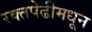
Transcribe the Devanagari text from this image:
रक्तपेढीमधून